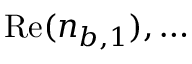
\mathrm { R e } ( n _ { b , 1 } ) , \ldots